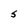
Character: S